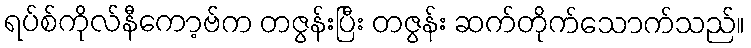
ရပ်စ်ကိုလ်နီကော့ဗ်က တဇွန်းပြီး တဇွန်း ဆက်တိုက်သောက်သည်။